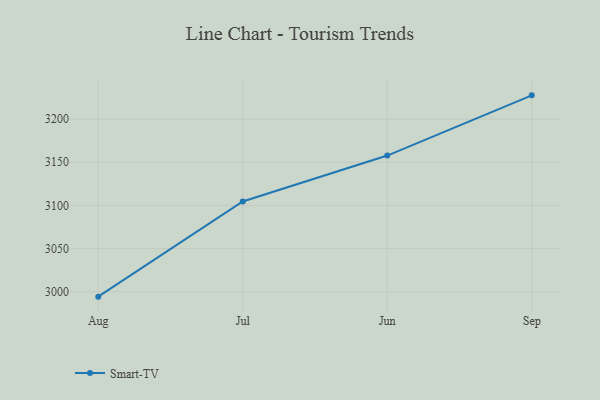
{"axis": {"x": "Month", "y": "Tickets Resolved"}, "legend": ["Smart-TV"], "data": [{"x": "Aug", "y": 2994.4, "type": "Smart-TV"}, {"x": "Jul", "y": 3104.5, "type": "Smart-TV"}, {"x": "Jun", "y": 3157.7, "type": "Smart-TV"}, {"x": "Sep", "y": 3227.4, "type": "Smart-TV"}]}